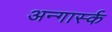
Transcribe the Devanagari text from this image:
अन्गार्स्क